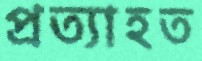
প্রত্যাহত